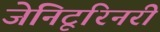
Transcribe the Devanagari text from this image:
जेनिटूरिनरी